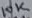
Text: 10K